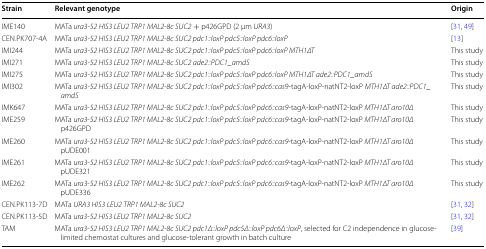
<table><thead><tr><td><b>Strain</b></td><td><b>Relevant genotype</b></td><td><b>Origin</b></td></tr></thead><tbody><tr><td>IME140</td><td>MATa <i>ura3</i>-<i>52 HIS3 LEU2 TRP1 MAL2</i>-<i>8c SUC2</i> + p426GPD (2 μm <i>URA3</i>)</td><td>[31, 49]</td></tr><tr><td>CEN.PK707-4A</td><td>MATa <i>ura3</i>-<i>52 HIS3 LEU2 TRP1 MAL2</i>-<i>8c SUC2 pdc1::loxP pdc5::loxP pdc6::loxP</i></td><td>[13]</td></tr><tr><td>IMI244</td><td>MATa <i>ura3</i>-<i>52 HIS3 LEU2 TRP1 MAL2</i>-<i>8c SUC2 pdc1::loxP pdc5::loxP pdc6::loxP MTH1∆T</i></td><td>This study</td></tr><tr><td>IMI271</td><td>MATa <i>ura3</i>-<i>52 HIS3 LEU2 TRP1 MAL2</i>-<i>8c SUC2 ade2::PDC1_amdS</i></td><td>This study</td></tr><tr><td>IMI275</td><td>MATa <i>ura3</i>-<i>52 HIS3 LEU2 TRP1 MAL2</i>-<i>8c SUC2 pdc1::loxP pdc5::loxP pdc6::loxP MTH1∆T ade2::PDC1_amdS</i></td><td>This study</td></tr><tr><td>IMI302</td><td>MATa <i>ura3</i>-<i>52 HIS3 LEU2 TRP1 MAL2</i>-<i>8c SUC2 pdc1::loxP pdc5::loxP pdc6::cas</i>9-tagA-loxP-natNT2-loxP <i>MTH1∆T ade2::PDC1_amdS</i></td><td>This study</td></tr><tr><td>IMK647</td><td>MATa <i>ura3</i>-<i>52 HIS3 LEU2 TRP1 MAL2</i>-<i>8c SUC2 pdc1::loxP pdc5::loxP pdc6::cas9</i>-tagA-loxP-natNT2-loxP <i>MTH1∆T aro10Δ</i></td><td>This study</td></tr><tr><td>IME259</td><td>MATa <i>ura3</i>-<i>52 HIS3 LEU2 TRP1 MAL2</i>-<i>8c SUC2 pdc1::loxP pdc5::loxP pdc6::cas9</i>-tagA-loxP-natNT2-loxP <i>MTH1∆T aro10Δ</i> p426GPD</td><td>This study</td></tr><tr><td>IME260</td><td>MATa <i>ura3</i>-<i>52 HIS3 LEU2 TRP1 MAL2</i>-<i>8c SUC2 pdc1::loxP pdc5::loxP pdc6::cas9</i>-tagA-loxP-natNT2-loxP <i>MTH1∆T aro10Δ</i> pUDE001</td><td>This study</td></tr><tr><td>IME261</td><td>MATa <i>ura3</i>-<i>52 HIS3 LEU2 TRP1 MAL2</i>-<i>8c SUC2 pdc1::loxP pdc5::loxP pdc6::cas9</i>-tagA-loxP-natNT2-loxP <i>MTH1∆T aro10Δ</i> pUDE321</td><td>This study</td></tr><tr><td>IME262</td><td>MATa <i>ura3</i>-<i>52 HIS3 LEU2 TRP1 MAL2</i>-<i>8c SUC2 pdc1::loxP pdc5::loxP pdc6::cas9</i>-tagA-loxP-natNT2-loxP <i>MTH1∆T aro10Δ</i> pUDE336</td><td>This study</td></tr><tr><td>CEN.PK113-7D</td><td>MATa <i>URA3 HIS3 LEU2 TRP1 MAL2</i>-<i>8c SUC2</i></td><td>[31, 32]</td></tr><tr><td>CEN.PK113-5D</td><td>MATa <i>ura3</i>-<i>52 HIS3 LEU2 TRP1 MAL2</i>-<i>8c SUC2</i></td><td>[31, 32]</td></tr><tr><td>TAM</td><td>MATa <i>ura3</i>-<i>52 HIS3 LEU2 TRP1 MAL2</i>-<i>8c SUC2 pdc1Δ</i>::<i>loxP pdc5Δ</i>::<i>loxP pdc6Δ</i>::<i>loxP</i>, selected for C2 independence in glucose-limited chemostat cultures and glucose-tolerant growth in batch culture</td><td>[39]</td></tr></tbody></table>